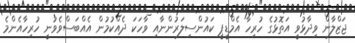
ޖަޒްލާން ވިދާޅުވީ އަތޮޅުގެ ހުރިހާ އެމްޑީޕީ ކައުންސިލަރުންނާއި ވާހަކަ ދެއްކުމުން އެއްބަސްވެވުނީ ހުރިހާއެންމެ